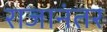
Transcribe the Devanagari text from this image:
राजानंतर